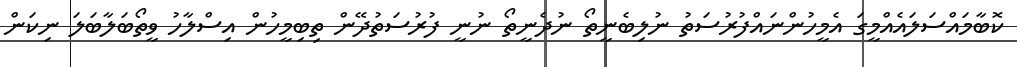
ކޮބާމައްސަލައެއްމީގަ އެމީހުންނައްފުރުސަތު ނުލިބެނީތޯ ނުދެނީތޯ ނުނީ ފުރުސަތުދޭން ތިބިމީހުން އިސްލާހު ވީތޯބަލާބަލަ ނިކަން